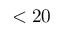
< 2 0